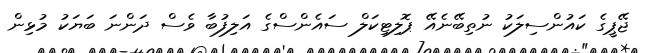
ޖޭޕީގެ ކައުންސިލަކު ނުތިބޭނެއޭ ޕޮލިޓިކަލް ސައެންސްގެ އަލިފުބާ ވެސް ދަންނަ ބަޔަކު މުޅިން